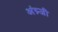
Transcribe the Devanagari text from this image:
अंग्र्जी